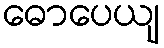
ဓောပေယျ